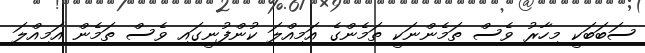
ސަބަބަކީ މިހާރު ވެސް ތަމެންނަކީ ތަމެންގެ އަމިއްލަ ކުންފުނީގައި ވެސް ތަމެން އަމިއްލަ